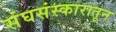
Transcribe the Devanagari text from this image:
संघसंस्कारातून